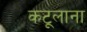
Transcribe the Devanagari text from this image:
कटूलाना